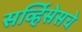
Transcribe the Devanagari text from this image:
सर्व्हिसेसचे